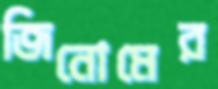
জিনোমের